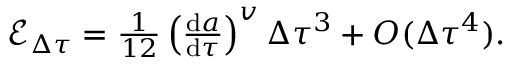
\begin{array} { r } { \mathcal { E } _ { \Delta \tau } = \frac { 1 } { 1 2 } \left( \frac { \mathrm { d } a } { \mathrm { d } \tau } \right) ^ { v } \Delta \tau ^ { 3 } + O ( \Delta \tau ^ { 4 } ) . } \end{array}